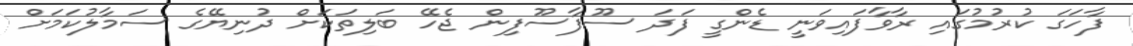
ފާހަގަ ކުރުމުގައި ރާވާފައިވަނީ ޑެންގީ ފަދަ ސޫފާސޫފިން ޖެހޭ ބަލިތަކަށް ދުނިޔޭގެ ސަމާލުކަމަށް